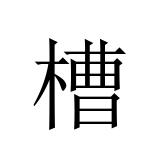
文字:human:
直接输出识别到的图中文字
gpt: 槽